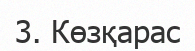
3. Көзқарас